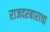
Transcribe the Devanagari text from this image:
राजदरबाराचा